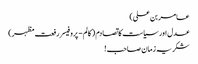
عامر بن علی)
عدل اور سیاست کا تصادم ( کالم - پروفیسر رفعت مظہر)
شکریہ زمان صاحب !